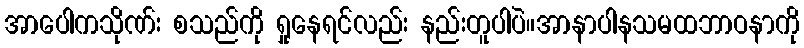
အာပေါကသိုဏ်း စသည်ကို ရှုနေရင်လည်း နည်းတူပါပဲ။အာနာပါနသမထဘာဝနာကို